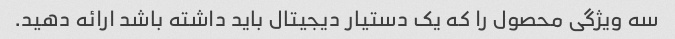
سه ویژگی محصول را که یک دستیار دیجیتال باید داشته باشد ارائه دهید.